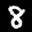
Label: 8